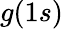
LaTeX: g(1s)